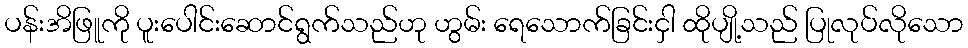
ပန်းအိဖြူကို ပူးပေါင်းဆောင်ရွက်သည်ဟု ဟွမ်း ရေသောက်ခြင်းငှါ ထိုပျို့သည် ပြုလုပ်လိုသော